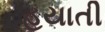
હયાતી